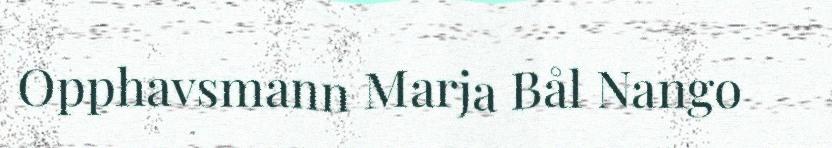
Opphavsmann Marja Bål Nango